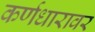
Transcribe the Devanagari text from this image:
कर्णधारावर